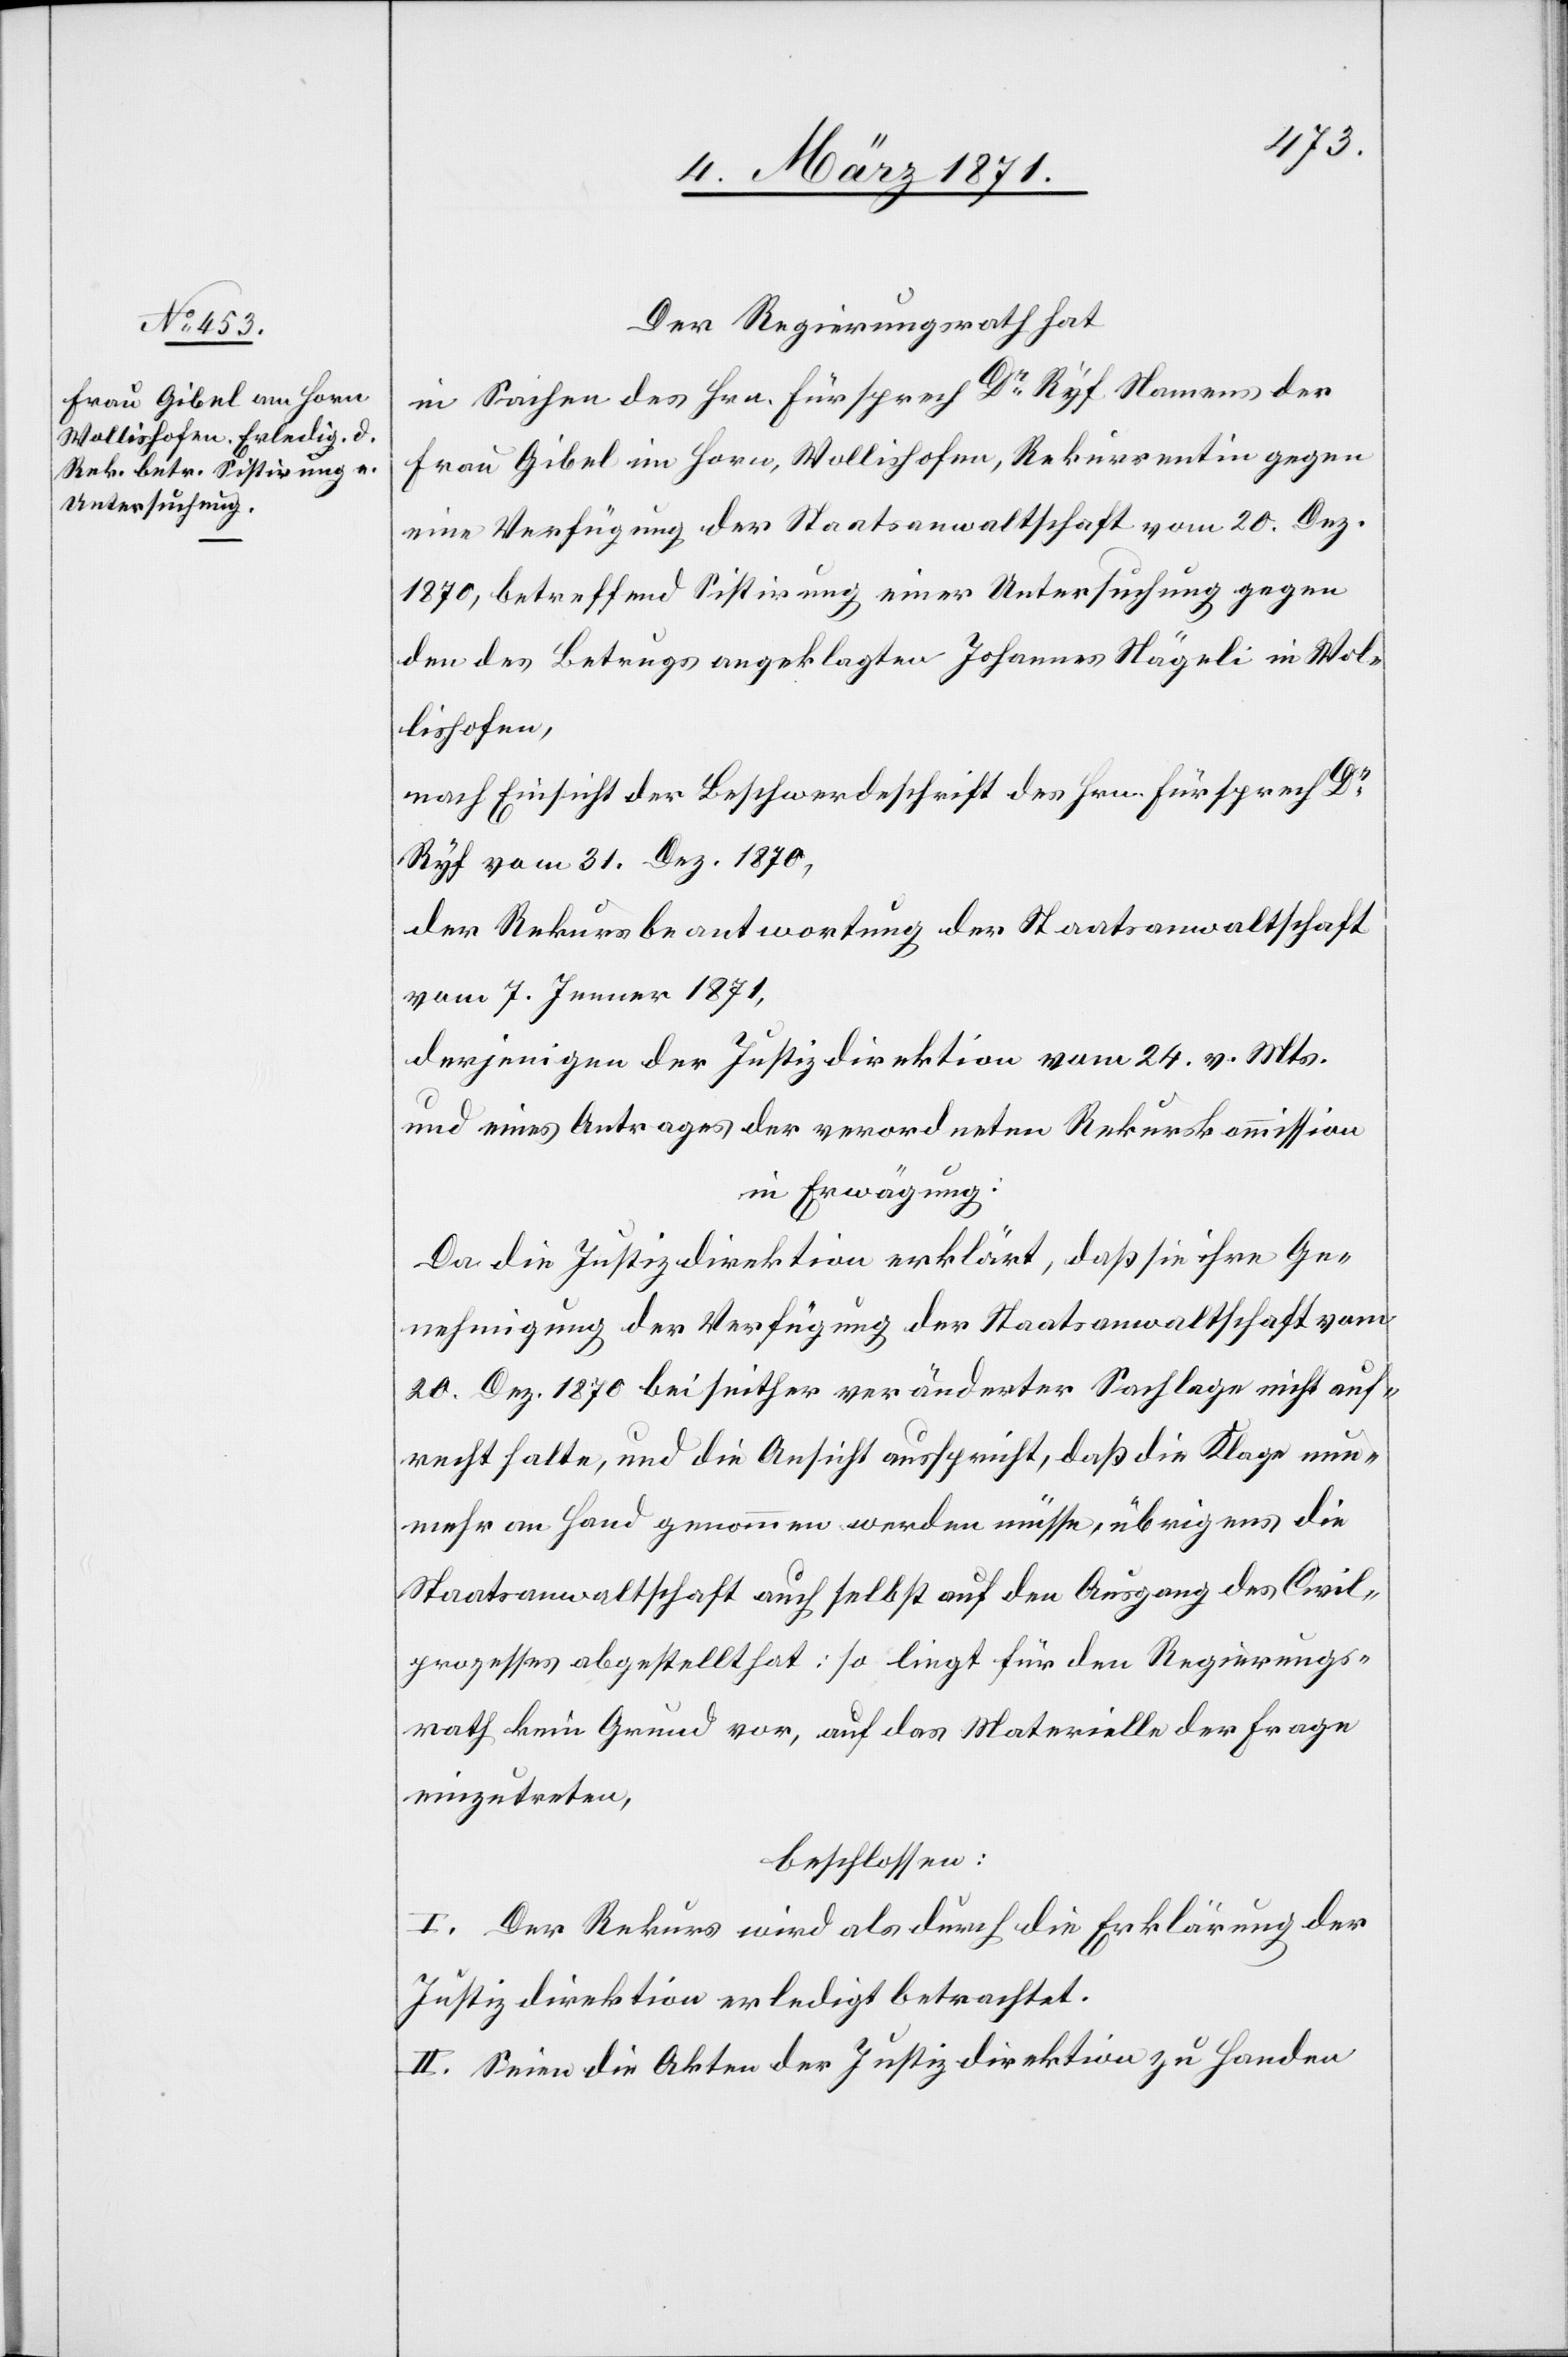
Der Regierungsrath hat
in Sachen des Hrn. Fürsprech Dr. Ryf Namens der
Frau Gibel im Horn, Wollishofen, Rekurrentin gegen
eine Verfügung der Staatsanwaltschaft vom 20. Dez.
1870, betreffend Sistirung einer Untersuchung gegen
den des Betrugs angeklagten Johannes Nägeli in Wol¬
lishofen,
nach Einsicht der Beschwerdeschrift des Hrn. Fürsprech Dr.
Ryf vom 31. Dez. 1870,
der Rekursbeantwortung der Staatsanwaltschaft
vom 7. Jenner 1871,
derjenigen der Justizdirektion vom 24. v. Mts.
und eines Antrages der verordneten Rekurskommission
in Erwägung:
Da die Justizdirektion erklärt, daß sie ihre Ge¬
nehmigung der Verfügung der Staatsanwaltschaft vom
20. Dez. 1870 bei seither veränderter Sachlage nicht auf¬
recht halte, und die Ansicht ausspricht, daß die Klage nun¬
mehr an Hand genommen werden müsse, übrigens die
Staatsanwaltschaft auch selbst auf den Ausgang des Civil¬
prozesses abgestellt hat: so liegt für den Regierungs¬
rath kein Grund vor, auf das Materielle der Frage
einzutreten,
beschlossen:
I. Der Rekurs wird als durch die Erklärung der
Justizdirektion erledigt betrachtet.
II. Seien die Akten der Justizdirektion zu Handen